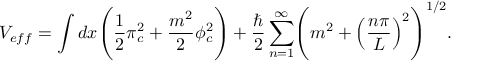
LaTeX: V _ { e f f } = \int d x \Biggl ( \frac { 1 } { 2 } \pi _ { c } ^ { 2 } + \frac { m ^ { 2 } } { 2 } \phi _ { c } ^ { 2 } \Biggr ) + \frac { \hbar } { 2 } \sum _ { n = 1 } ^ { \infty } \Biggl ( m ^ { 2 } + \Bigl ( \frac { n \pi } { L } \Bigr ) ^ { 2 } \Biggr ) ^ { 1 / 2 } .